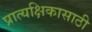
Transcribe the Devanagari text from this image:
प्रात्यक्षिकासाठी